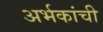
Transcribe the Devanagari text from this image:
अर्भकांची